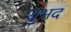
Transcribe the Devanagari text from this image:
शुभद